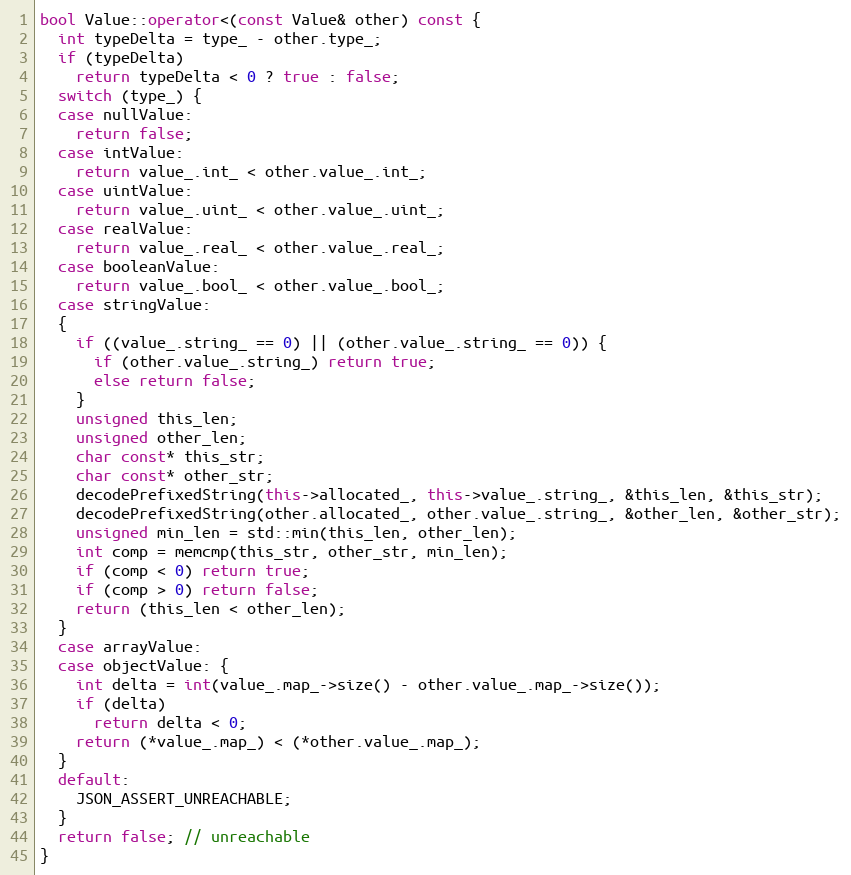
Language: C++
bool Value::operator<(const Value& other) const {
  int typeDelta = type_ - other.type_;
  if (typeDelta)
    return typeDelta < 0 ? true : false;
  switch (type_) {
  case nullValue:
    return false;
  case intValue:
    return value_.int_ < other.value_.int_;
  case uintValue:
    return value_.uint_ < other.value_.uint_;
  case realValue:
    return value_.real_ < other.value_.real_;
  case booleanValue:
    return value_.bool_ < other.value_.bool_;
  case stringValue:
  {
    if ((value_.string_ == 0) || (other.value_.string_ == 0)) {
      if (other.value_.string_) return true;
      else return false;
    }
    unsigned this_len;
    unsigned other_len;
    char const* this_str;
    char const* other_str;
    decodePrefixedString(this->allocated_, this->value_.string_, &this_len, &this_str);
    decodePrefixedString(other.allocated_, other.value_.string_, &other_len, &other_str);
    unsigned min_len = std::min(this_len, other_len);
    int comp = memcmp(this_str, other_str, min_len);
    if (comp < 0) return true;
    if (comp > 0) return false;
    return (this_len < other_len);
  }
  case arrayValue:
  case objectValue: {
    int delta = int(value_.map_->size() - other.value_.map_->size());
    if (delta)
      return delta < 0;
    return (*value_.map_) < (*other.value_.map_);
  }
  default:
    JSON_ASSERT_UNREACHABLE;
  }
  return false; // unreachable
}